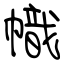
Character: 幟